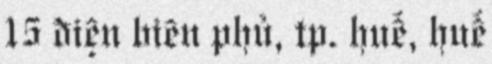
15 điện biên phủ, tp. huế, huế